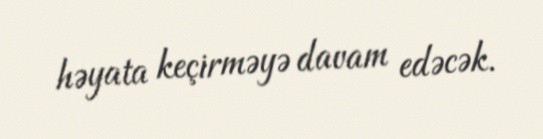
həyata keçirməyə davam edəcək.